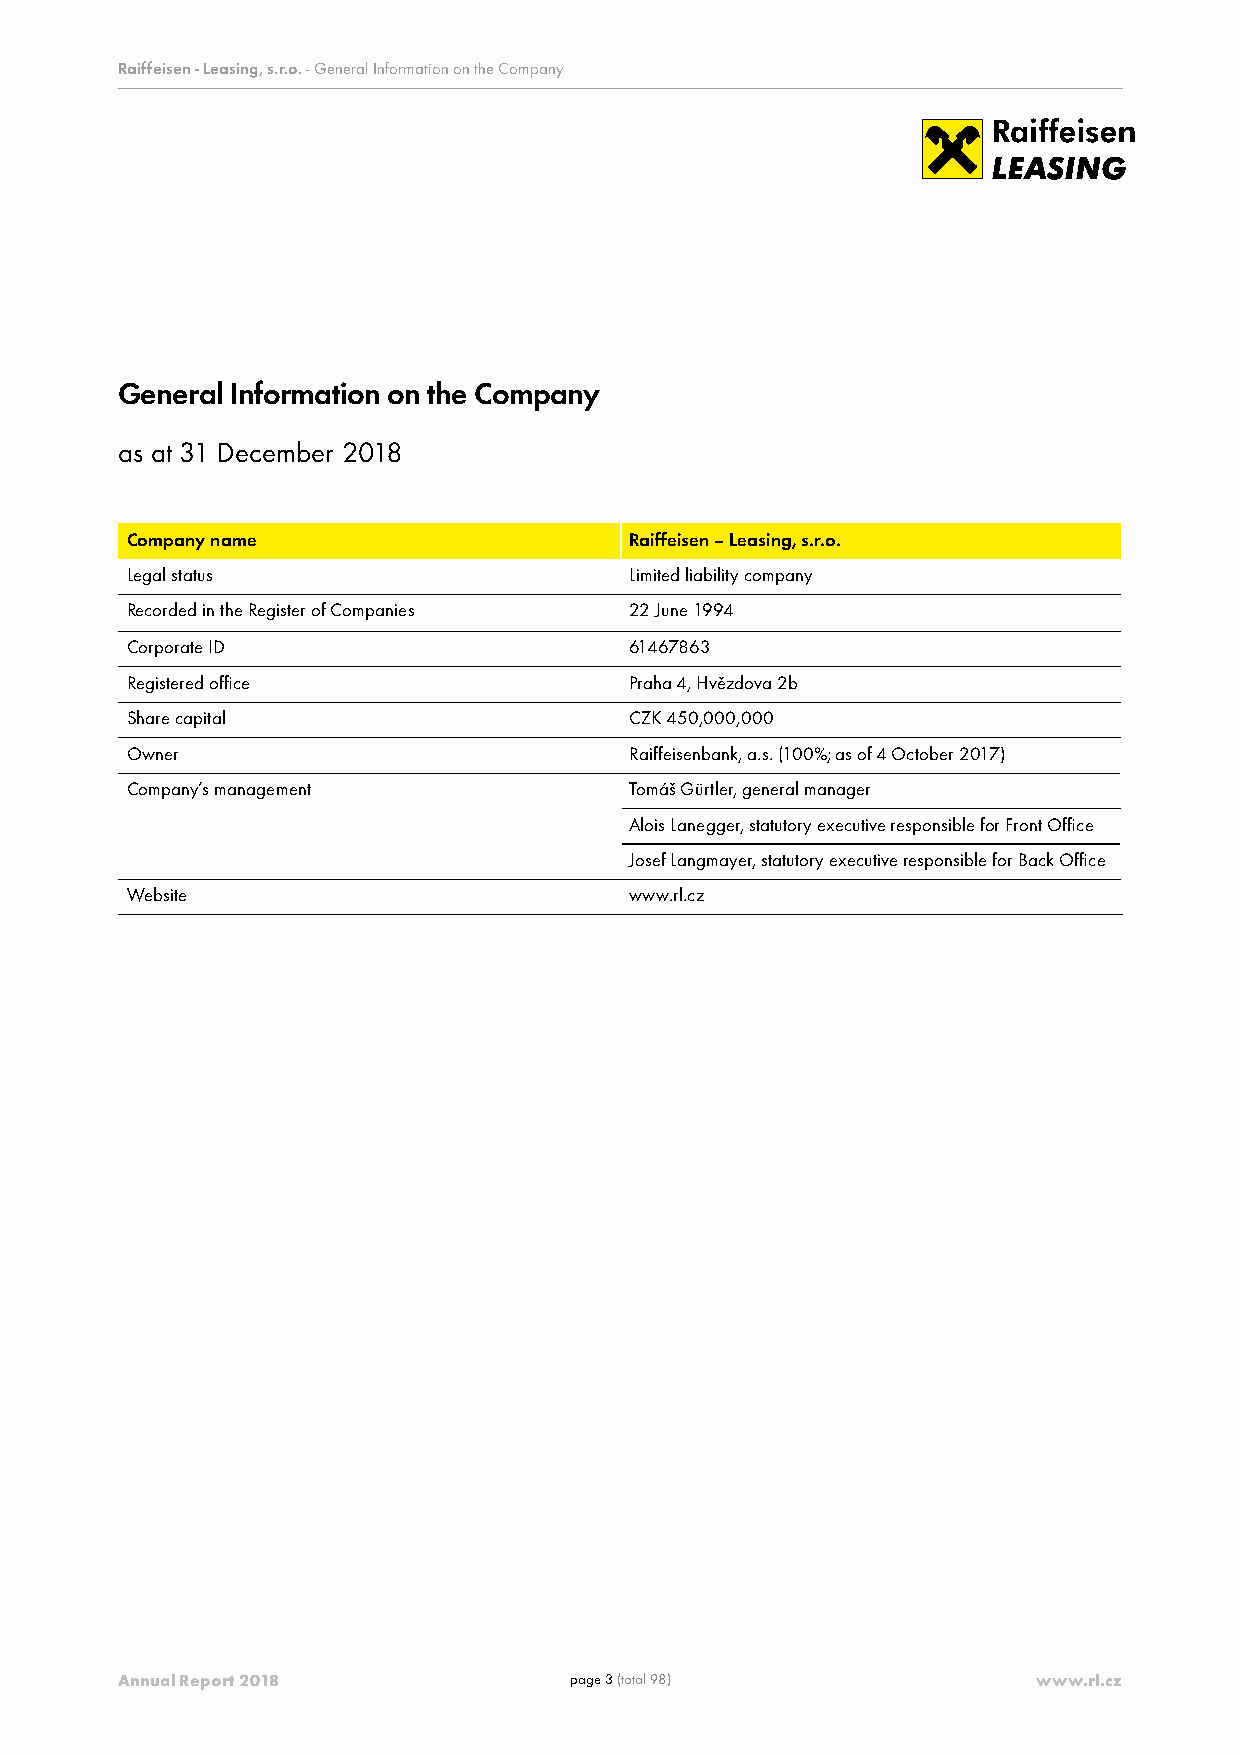
RRaaiiffffeeiisseenn -- LLeeaassiinngg,, ss..rr..oo.. -- NGeonteesr atol Itnhfeo rsmepaatiroant eo finn tahen cCiaol mstpaatenmyents
 General Information on the Company
 as at 31 December 2018
 Company name                      Raiffeisen – Leasing, s.r.o.
 Legal status                      Limited liability company
 Recorded in the Register of Companies 22 June 1994
 Corporate ID                      61467863
 Registered office                 Praha 4, Hvězdova 2b
 Share capital                     CZK 450,000,000
 Owner                             Raiffeisenbank, a.s. (100%; as of 4 October 2017)
 Company’s management              Tomáš Gürtler, general manager
 Alois Lanegger, statutory executive responsible for Front Office
 Josef Langmayer, statutory executive responsible for Back Office
 Website                           www.rl.cz
 Annual Report 2018            page 3 (total 98)              www.rl.cz